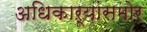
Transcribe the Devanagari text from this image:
अधिकाऱ्यांसमोर